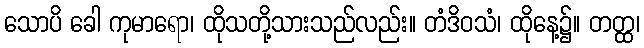
သောပိ ခေါ ကုမာရော၊ ထိုသတို့သားသည်လည်း။ တံဒိဝသံ၊ ထိုနေ့၌။ တတ္ထ၊